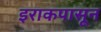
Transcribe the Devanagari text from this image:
इराकपासून